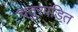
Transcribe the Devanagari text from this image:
चतुरपंडित